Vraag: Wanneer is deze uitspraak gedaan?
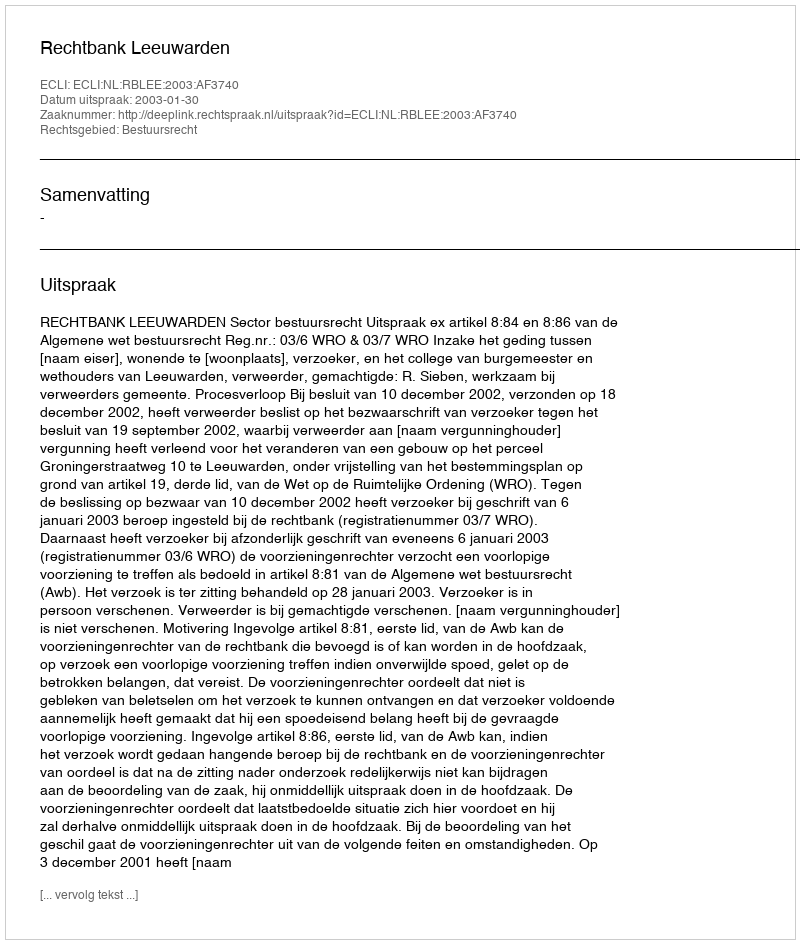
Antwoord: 2003-01-30